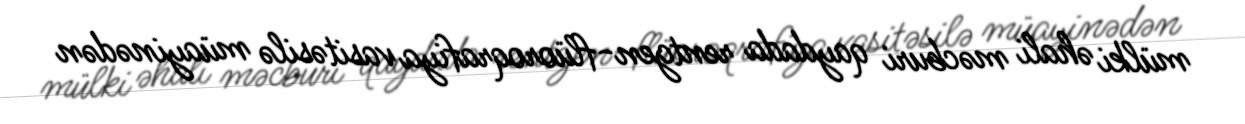
mülki əhali məcburi qaydada rentgen-flüoroqrafiya vasitəsilə müayinədən